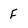
Character: F